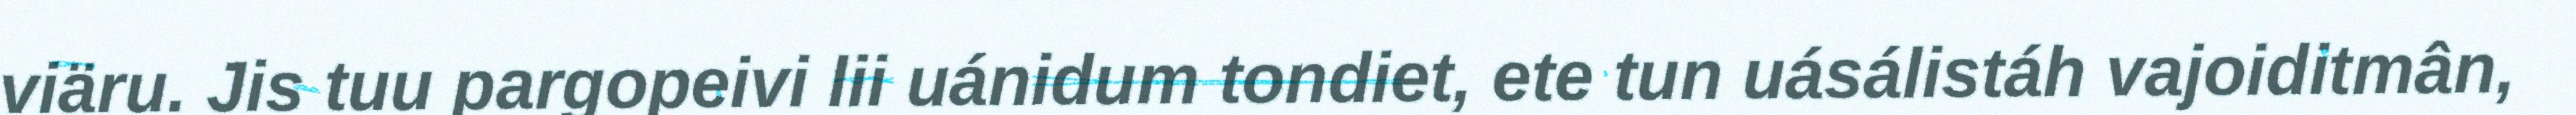
viäru. Jis tuu pargopeivi lii uánidum tondiet, ete tun uásálistáh vajoiditmân,